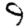
Digit: 9